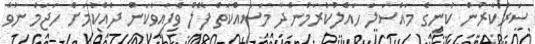
ސަރުކާރުން ކުނީގެ މައްސަލަ ހައްލުކުރަމުންދާ މަސައްކަތް ފޭލް ވެފައިވާކަން ދެއްކުމަށް ހަޖަމް ނުވާ